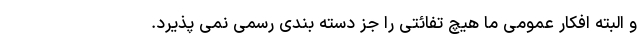
و البته افکار عمومی ما هیچ تفائتی را جز دسته بندی رسمی نمی پذیرد.